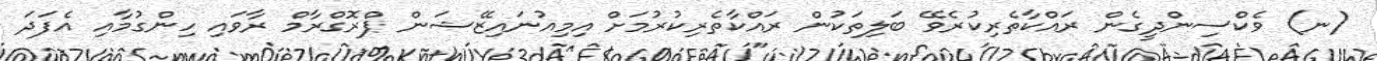
(ނ) ވެކްސިންދީގެން ރައްކާތެރިކުރެވޭ ބަލިތަކުން ރައްކާތެރިކުރުމަށް އިމިއުނައިޒޭޝަން ޕްރޮގްރާމް ރާވައި ހިންގުމާއި އެފަދަ